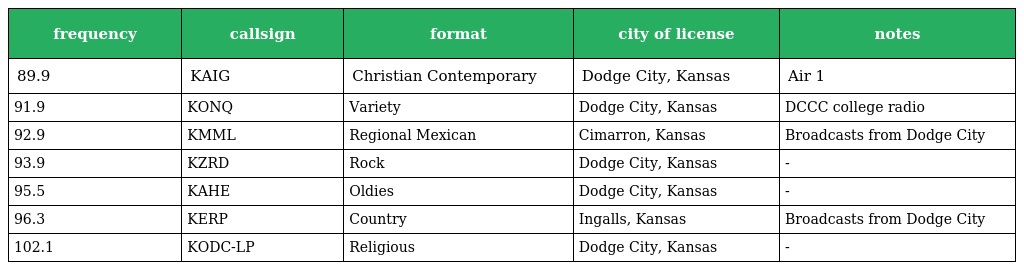
| frequency | callsign | format | city of license | notes |
 | --- | --- | --- | --- | --- |
 | 89.9 | KAIG | Christian Contemporary | Dodge City, Kansas | Air 1 |
 | 91.9 | KONQ | Variety | Dodge City, Kansas | DCCC college radio |
 | 92.9 | KMML | Regional Mexican | Cimarron, Kansas | Broadcasts from Dodge City |
 | 93.9 | KZRD | Rock | Dodge City, Kansas | - |
 | 95.5 | KAHE | Oldies | Dodge City, Kansas | - |
 | 96.3 | KERP | Country | Ingalls, Kansas | Broadcasts from Dodge City |
 | 102.1 | KODC-LP | Religious | Dodge City, Kansas | - |